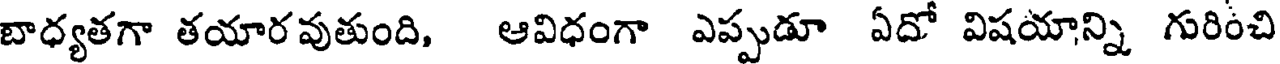
బాధ్యతగా తయారవుతుంది, ఆవిధంగా ఎప్పుడూ ఏదో విషయాన్ని గురించి